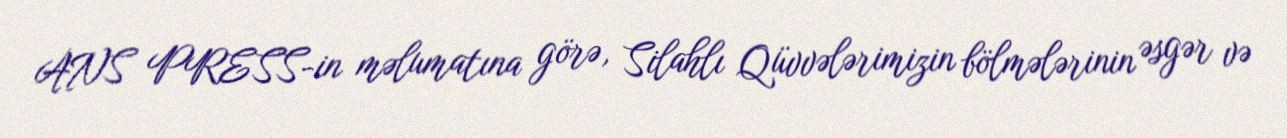
ANS PRESS-in məlumatına görə, Silahlı Qüvvələrimizin bölmələrinin əsgər və